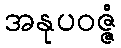
အနုပဝဇ္ဇံ